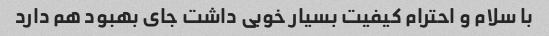
با سلام و احترام کیفیت بسیار خوبی داشت جای بهبود هم دارد